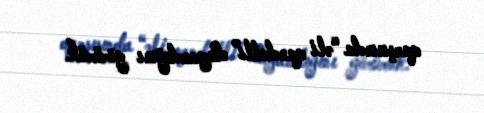
qarşısında “əli qandallı” dayandığını görürük.